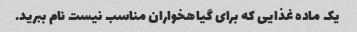
یک ماده غذایی که برای گیاهخواران مناسب نیست نام ببرید.